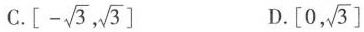
C.\left[- \sqrt{3}, \sqrt{3}\right] D.[\left[0, \sqrt{3}\right]